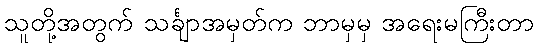
သူတို့အတွက် သင်္ချာအမှတ်က ဘာမှမှ အရေးမကြီးတာ